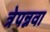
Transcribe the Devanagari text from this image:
त्रेपन्नवा